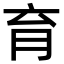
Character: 育